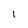
Character: 1